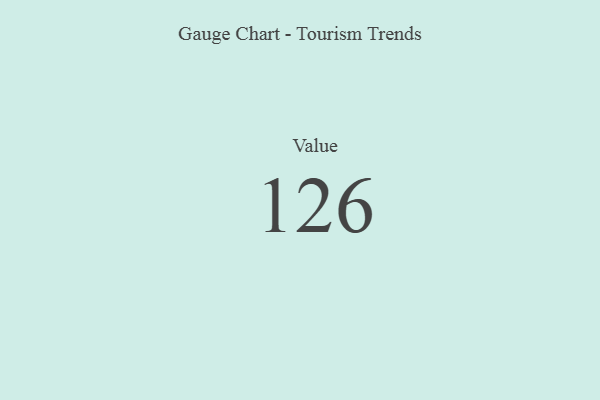
{"axis": {"x": "Metric", "y": "Value"}, "legend": [""], "data": [{"x": "Value", "y": 126, "type": ""}]}